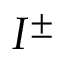
I ^ { \pm }